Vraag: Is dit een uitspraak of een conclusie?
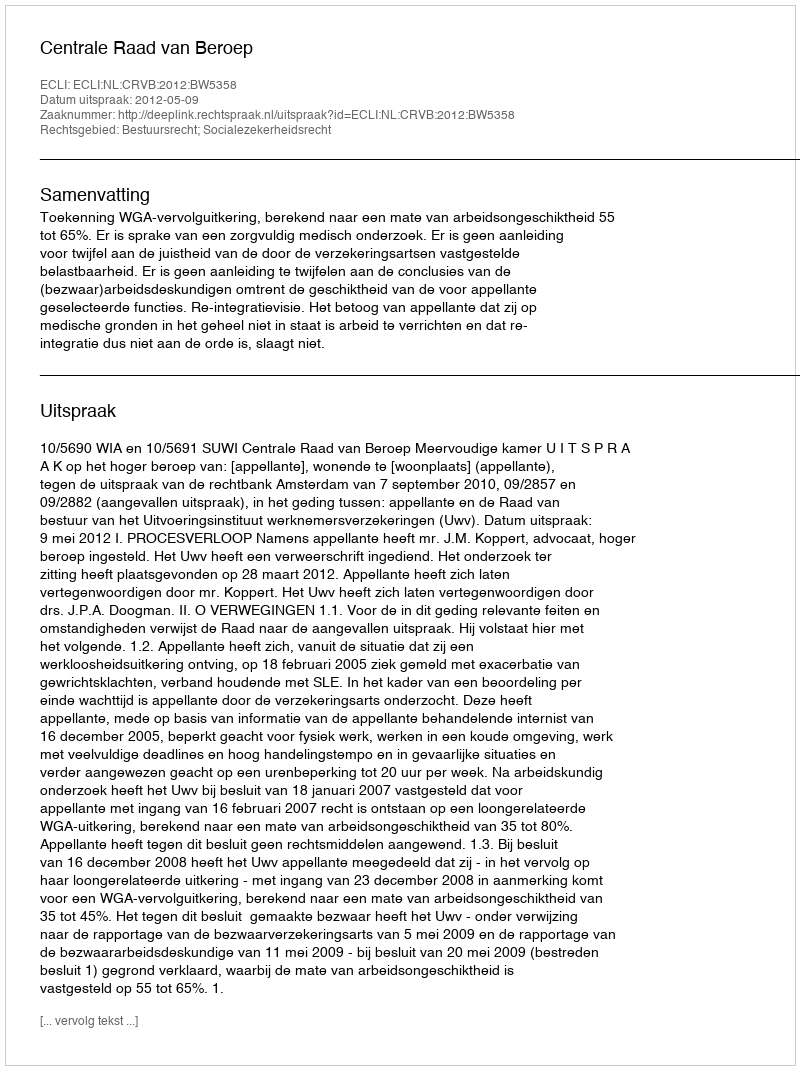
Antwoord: Uitspraak